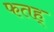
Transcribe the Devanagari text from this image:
फतह्